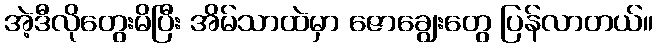
အဲ့ဒီလိုတွေးမိပြီး အိမ်သာထဲမှာ ဇောချွေးတွေ ပြန်လာတယ်။